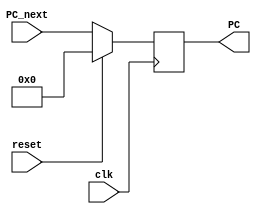
module PC(clk,reset,PC,PC_next);
input [7:0] PC_next;
input clk,reset;
output reg [7:0] PC;

always @(posedge clk)  
 begin   
      if(reset)   
           PC <= 8'b00000000;  
      else  
           PC <= PC_next;  
 end
 endmodule